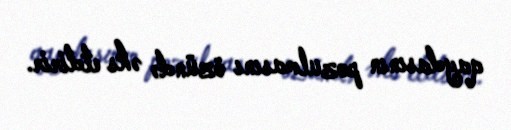
qaydasının pozulmasını özündə əks etdirir.